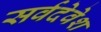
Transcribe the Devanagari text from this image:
सर्वदेवेश